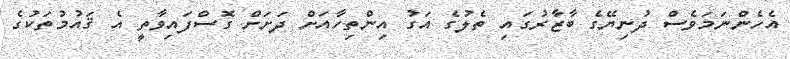
އެހެންނަމަވެސް ދުނިޔޭގެ ބާޒާރުގައި ތެލުގެ އަގު އިންތިހާއަށް ދަށަށް ގޮސްފައިވާތީ އެ ޤައުމުތަކުގެ